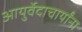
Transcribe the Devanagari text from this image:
आयुर्वेदाचार्यांना